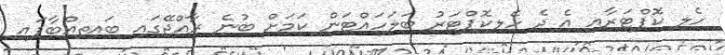
ހެލި ކޮޕްޓަރާއި އެ ދެ ހެލިކޮޕްޓަރު ބަލަހައްޓަން ކަމަށް ބުނެ ރާއްޖޭގައި ބައިތިއްބާފައި